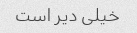
خیلی دیر است